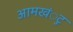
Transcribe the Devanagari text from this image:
आमखंुट